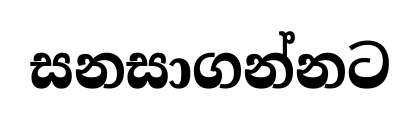
සනසාගන්නට